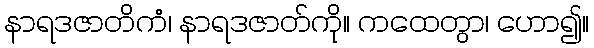
နာရဒဇာတိကံ၊ နာရဒဇာတ်ကို။ ကထေတွာ၊ ဟော၍။